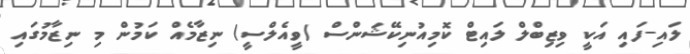
ލައި-ފައި އަކީ ވިޒިބްލް ލައިޓް ކޮމިއުނިކޭޝަންސް (ވީއެލްސީ) ނިޒާމެއް ކަމުން މި ނިޒާމުގައި